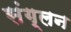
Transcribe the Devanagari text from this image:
संग्लन